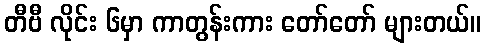
တီဗီ လိုင်း ၆မှာ ကာတွန်းကား တော်တော် များတယ်။